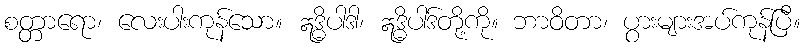
စတ္တာရော၊ လေးပါးကုန်သော။ ဣဒ္ဓိပါဒါ၊ ဣဒ္ဓိပါဒ်တို့ကို။ ဘာဝိတာ၊ ပွားများအပ်ကုန်ပြီ။